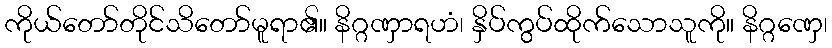
ကိုယ်တော်တိုင်သိတော်မူရာ၏။ နိဂ္ဂဏှာရဟံ၊ နှိပ်ကွပ်ထိုက်သောသူကို။ နိဂ္ဂဏှေ၊